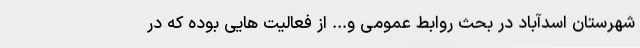
شهرستان اسدآباد در بحث روابط عمومی و... از فعالیت هایی بوده که در